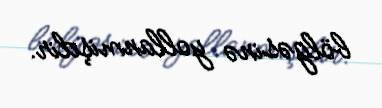
bölgəsinə yollanmişdir.